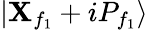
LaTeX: \left|{{{\mathbf{X}}_{{f}_{1}}}+i{{P}_{{f}_{1}}}}\right\rangle